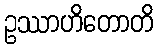
ဥဿာဟိတောတိ